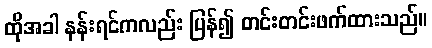
ထိုအခါ နန်းရင်ကလည်း ပြန်၍ တင်းတင်းဖက်ထားသည်။